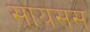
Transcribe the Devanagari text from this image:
सायसस